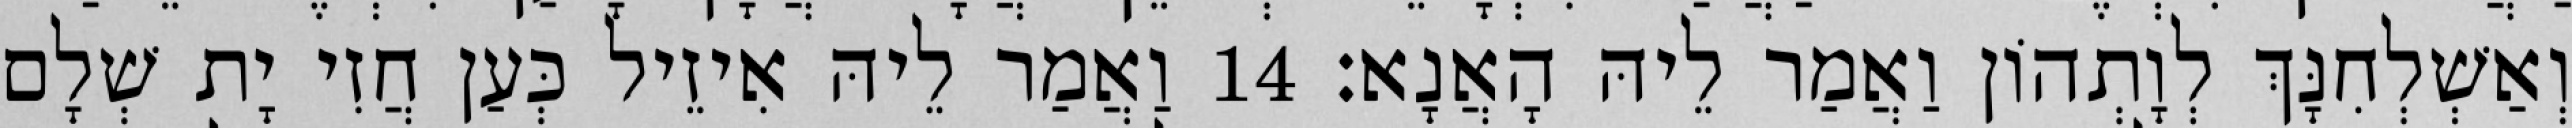
וְאַשְׁלְחִנָּךְ לְוָתְהוֹן וַאֲמַר לֵיהּ הָאֲנָא׃ 14 וַאֲמַר לֵיהּ אִיזֵיל כְּעַן חֲזִי יָת שְׁלָם